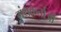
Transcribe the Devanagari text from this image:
ग्रंथकर्ताओं